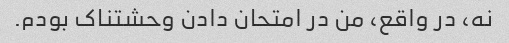
نه، در واقع، من در امتحان دادن وحشتناک بودم.